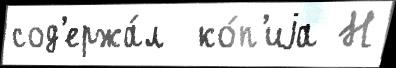
сод'ержа́л  ко́п'иjа Н